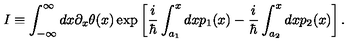
I \equiv \int _ { - \infty } ^ { \infty } d x \partial _ { x } \theta ( x ) \exp \left[ { \frac { i } { \hbar } } \int _ { a _ { 1 } } ^ { x } d x p _ { 1 } ( x ) - { \frac { i } { \hbar } } \int _ { a _ { 2 } } ^ { x } d x p _ { 2 } ( x ) \right] .